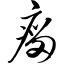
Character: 瘤